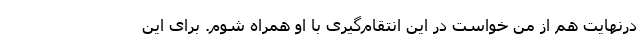
درنهایت هم از من خواست در این انتقام‌گیری با او همراه شوم. برای این